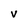
Character: v